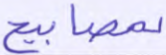
بمصابيح